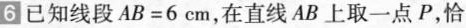
6 已知线段$$A B = 6$$cm,在直线 AB上取一点P,恰